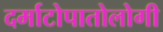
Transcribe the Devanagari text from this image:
दर्माटोपातोलोगी